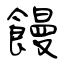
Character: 饅